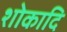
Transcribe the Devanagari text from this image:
शोकादि